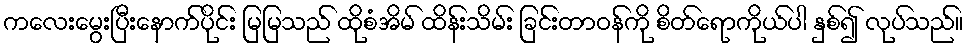
ကလေးမွေးပြီးနောက်ပိုင်း မြမြသည် ထိုစံအိမ် ထိန်းသိမ်း ခြင်းတာဝန်ကို စိတ်ရောကိုယ်ပါ နှစ်၍ လုပ်သည်။